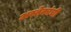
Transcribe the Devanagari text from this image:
अस्तेकांची